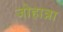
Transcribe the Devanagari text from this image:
जोहान्ना